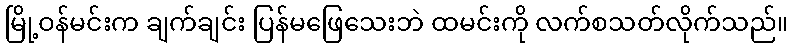
မြို့ဝန်မင်းက ချက်ချင်း ပြန်မဖြေသေးဘဲ ထမင်းကို လက်စသတ်လိုက်သည်။